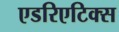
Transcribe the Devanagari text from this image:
एडरिएटिक्स